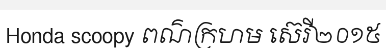
Honda scoopy ពណ៌ក្រហម ស៊េរី២០១៥